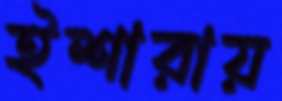
ইশারায়